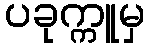
ပခုက္ကူမှ